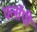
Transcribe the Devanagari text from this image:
फ्लाॅपी